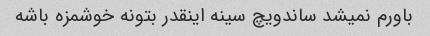
باورم نمیشد ساندویچ سینه اینقدر بتونه خوشمزه باشه